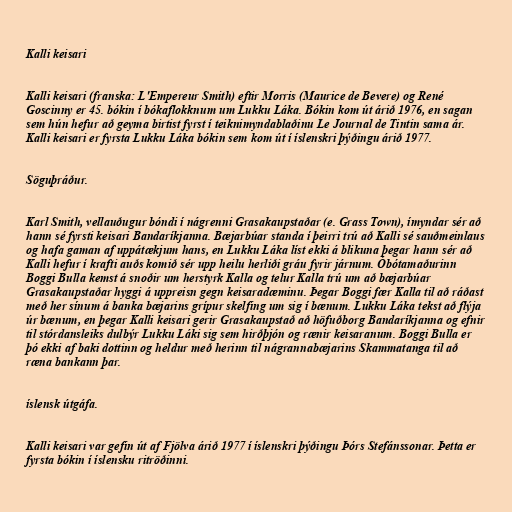
Kalli keisari

Kalli keisari (franska: L'Empereur Smith) eftir Morris (Maurice de Bevere) og René
Goscinny er 45. bókin í bókaflokknum um Lukku Láka. Bókin kom út árið 1976, en sagan
sem hún hefur að geyma birtist fyrst í teiknimyndablaðinu Le Journal de Tintin sama ár.
Kalli keisari er fyrsta Lukku Láka bókin sem kom út í íslenskri þýðingu árið 1977.

Söguþráður.

Karl Smith, vellauðugur bóndi í nágrenni Grasakaupstaðar (e. Grass Town), ímyndar sér að
hann sé fyrsti keisari Bandaríkjanna. Bæjarbúar standa í þeirri trú að Kalli sé sauðmeinlaus
og hafa gaman af uppátækjum hans, en Lukku Láka líst ekki á blikuna þegar hann sér að
Kalli hefur í krafti auðs komið sér upp heilu herliði gráu fyrir járnum. Óbótamaðurinn
Boggi Bulla kemst á snoðir um herstyrk Kalla og telur Kalla trú um að bæjarbúar
Grasakaupstaðar hyggi á uppreisn gegn keisaradæminu. Þegar Boggi fær Kalla til að ráðast
með her sínum á banka bæjarins grípur skelfing um sig í bænum. Lukku Láka tekst að flýja
úr bænum, en þegar Kalli keisari gerir Grasakaupstað að höfuðborg Bandaríkjanna og efnir
til stórdansleiks dulbýr Lukku Láki sig sem hirðþjón og rænir keisaranum. Boggi Bulla er
þó ekki af baki dottinn og heldur með herinn til nágrannabæjarins Skammatanga til að
ræna bankann þar.

íslensk útgáfa.

Kalli keisari var gefin út af Fjölva árið 1977 í íslenskri þýðingu Þórs Stefánssonar. Þetta er
fyrsta bókin í íslensku ritröðinni.